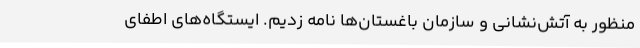
منظور به آتش‌نشانی و سازمان باغستان‌ها نامه زدیم. ایستگاه‌های اطفای